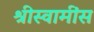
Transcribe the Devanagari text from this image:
श्रीस्वामींस